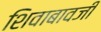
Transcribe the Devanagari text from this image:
शिवाबावजी